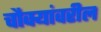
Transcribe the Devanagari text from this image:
चौक्यांवरील